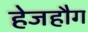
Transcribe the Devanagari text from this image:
हेजहौग